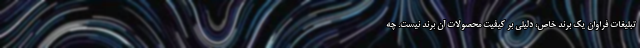
تبلیغات فراوان یک برند خاص، دلیلی بر کیفیت محصولات آن برند نیست. چه